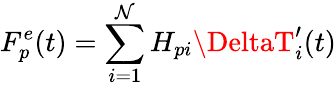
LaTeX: F_{p}^{e}(t)=\sum_{i=1}^{\mathcal{N}}H_{pi}\DeltaT_{i}^{\prime}(t)